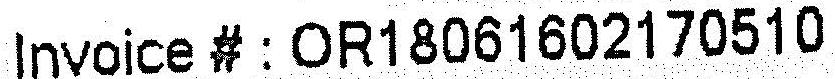
INVOICE #: OR18061602170510